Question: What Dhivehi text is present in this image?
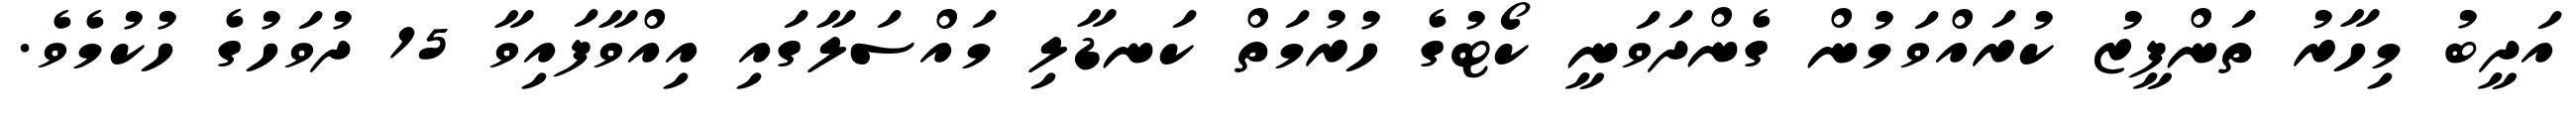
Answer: އަދީބު މިހާރު ތަންފީޒު ކުރައްވަމުން ގެންދަވަނީ ކޯޓުގެ ހުރުމަތް ކަނޑާލި މައްސަލާގައި އިއްވާފައިވާ 15 ދުވަހުގެ ހުކުމެވެ.